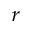
_ r